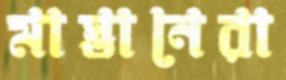
মাস্তানেরা